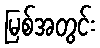
မြစ်အတွင်း